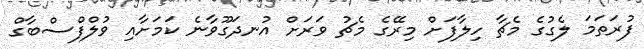
ފުރަތަމަ ލެގުގެ މެޗާ ހިލާފަށް މިރޭގެ މެޗު ވަރަށް އުނދަގޫވާނެ ކަމަށާއި ވުލްފްސްބާގް